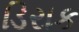
ડિરાક